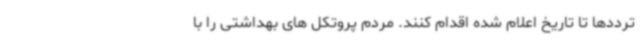
ترددها تا تاریخ اعلام شده اقدام کنند. مردم پروتکل های بهداشتی را با